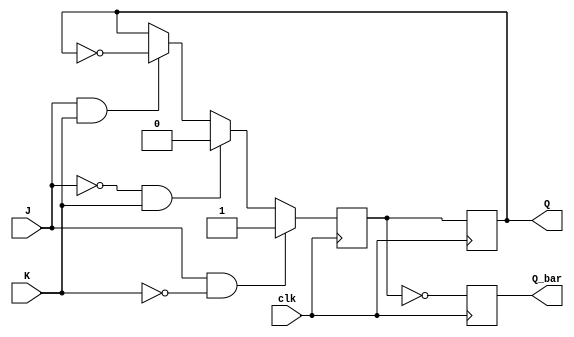
module JK_flip_flop(
    input J, 
    input K, 
    input clk, 
    output reg Q, 
    output reg Q_bar
);

reg Q_next;

always @(posedge clk) begin
    if(J & ~K) begin // Set mode
        Q_next <= 1;
    end else if(~J & K) begin // Reset mode
        Q_next <= 0;
    end else if(J & K) begin // Toggle mode
        Q_next <= ~Q;
    end else begin // Hold mode
        Q_next <= Q;
    end
end

always @(posedge clk) begin
    Q <= Q_next;
    Q_bar <= ~Q_next;
end

endmodule